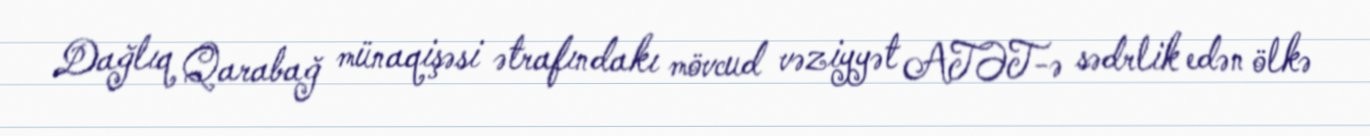
Dağlıq Qarabağ münaqişəsi ətrafındakı mövcud vəziyyət ATƏT-ə sədrlik edən ölkə